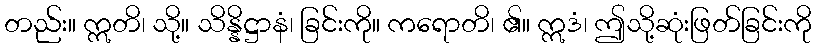
တည်း။ ဣတိ၊ သို့။ သိန္နိဋ္ဌာနံ၊ ခြင်းကို။ ကရောတိ၊ ၏။ ဣဒံ၊ ဤသို့ဆုံးဖြတ်ခြင်းကို